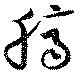
臍